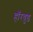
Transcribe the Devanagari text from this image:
हॉरवुड